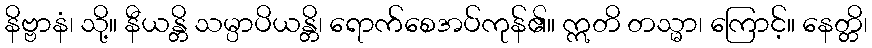
နိဗ္ဗာနံ၊ သို့။ နီယန္တိ သမ္ပာပိယန္တိ၊ ရောက်စေအပ်ကုန်၏။ ဣတိ တသ္မာ၊ ကြောင့်။ နေတ္တိ၊